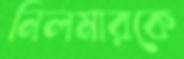
নিলমারকে